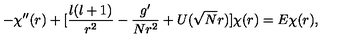
- \chi ^ { \prime \prime } ( r ) + [ \frac { l ( l + 1 ) } { r ^ { 2 } } - \frac { g ^ { \prime } } { N r ^ { 2 } } + U ( \sqrt { N } r ) ] \chi ( r ) = E \chi ( r ) ,